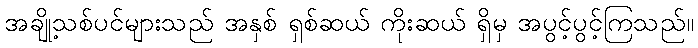
အချို့သစ်ပင်များသည် အနှစ် ရှစ်ဆယ် ကိုးဆယ် ရှိမှ အပွင့်ပွင့်ကြသည်။